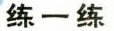
练一练